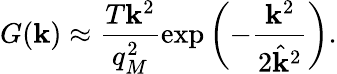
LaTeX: G(\mathbf{k})\approx\frac{{T\mathbf{k}^{2}}}{{q_{M}^{2}}}\exp\left(-\frac{{\mathbf{k}^{2}}}{{2\hat{{\mathbf{k}}}^{2}}}\right).